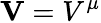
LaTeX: \mathbf{V}=V^{\mu}